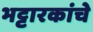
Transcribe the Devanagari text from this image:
भट्टारकांचे